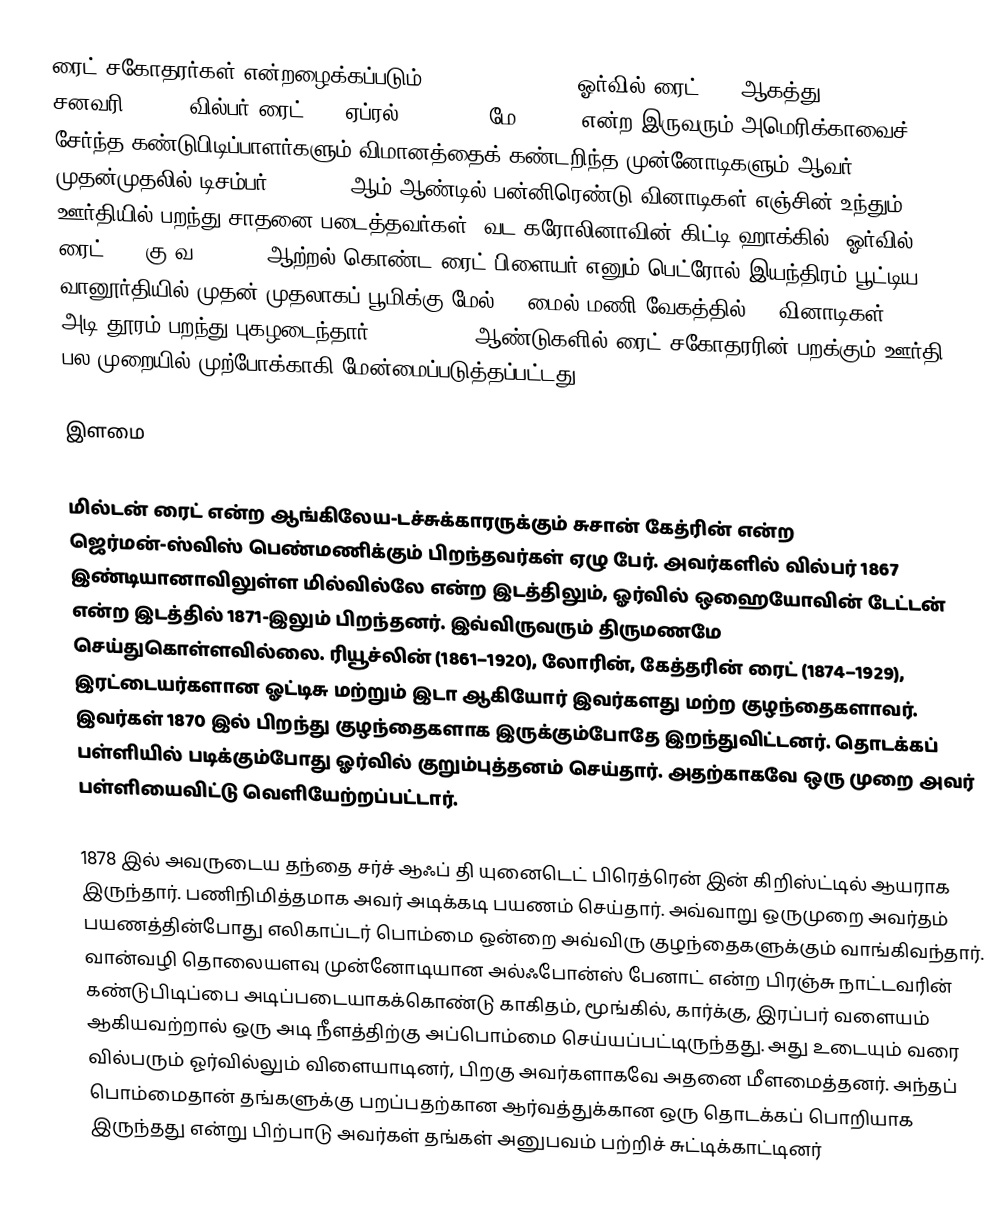
ரைட் சகோதரர்கள் என்றழைக்கப்படும் (Wright brothers, ஓர்வில் ரைட் (19 ஆகத்து 1871 – 30 சனவரி 1948), வில்பர் ரைட் (16 ஏப்ரல் 1867 – 30 மே 1912), என்ற இருவரும் அமெரிக்காவைச் சேர்ந்த கண்டுபிடிப்பாளர்களும் விமானத்தைக் கண்டறிந்த முன்னோடிகளும் ஆவர். முதன்முதலில் டிசம்பர் 17, 1903 ஆம் ஆண்டில் பன்னிரெண்டு வினாடிகள் எஞ்சின் உந்தும் ஊர்தியில் பறந்து சாதனை படைத்தவர்கள். வட கரோலினாவின் கிட்டி ஹாக்கில் "ஓர்வில் ரைட்" 12 கு.வ. (H.P.) ஆற்றல் கொண்ட ரைட் பிளையர் எனும் பெட்ரோல் இயந்திரம் பூட்டிய வானூர்தியில் முதன் முதலாகப் பூமிக்கு மேல் 30 மைல்/மணி வேகத்தில் 12 வினாடிகள் 120 அடி தூரம் பறந்து புகழடைந்தார். 1904, 1905 ஆண்டுகளில் ரைட் சகோதரரின் பறக்கும் ஊர்தி பல முறையில் முற்போக்காகி மேன்மைப்படுத்தப்பட்டது.

இளமை

மில்டன் ரைட் என்ற ஆங்கிலேய-டச்சுக்காரருக்கும் சுசான் கேத்ரின் என்ற ஜெர்மன்-ஸ்விஸ் பெண்மணிக்கும் பிறந்தவர்கள் ஏழு பேர். அவர்களில் வில்பர் 1867 இண்டியானாவிலுள்ள மில்வில்லே என்ற இடத்திலும், ஓர்வில் ஒஹையோவின் டேட்டன் என்ற இடத்தில் 1871-இலும் பிறந்தனர். இவ்விருவரும் திருமணமே செய்துகொள்ளவில்லை. ரியூச்லின் (1861–1920), லோரின், கேத்தரின் ரைட் (1874–1929), இரட்டையர்களான ஓட்டிசு மற்றும் இடா ஆகியோர் இவர்களது மற்ற குழந்தைகளாவர். இவர்கள் 1870 இல் பிறந்து குழந்தைகளாக இருக்கும்போதே இறந்துவிட்டனர்.  தொடக்கப் பள்ளியில் படிக்கும்போது ஓர்வில் குறும்புத்தனம் செய்தார். அதற்காகவே ஒரு முறை அவர் பள்ளியைவிட்டு வெளியேற்றப்பட்டார்.

1878 இல் அவருடைய தந்தை சர்ச் ஆஃப் தி யுனைடெட் பிரெத்ரென் இன் கிறிஸ்ட்டில் ஆயராக இருந்தார். பணிநிமித்தமாக அவர் அடிக்கடி பயணம் செய்தார். அவ்வாறு ஒருமுறை அவர்தம் பயணத்தின்போது எலிகாப்டர் பொம்மை ஒன்றை அவ்விரு குழந்தைகளுக்கும் வாங்கிவந்தார். வான்வழி தொலையளவு முன்னோடியான அல்ஃபோன்ஸ் பேனாட் என்ற பிரஞ்சு நாட்டவரின் கண்டுபிடிப்பை அடிப்படையாகக்கொண்டு காகிதம், மூங்கில், கார்க்கு, இரப்பர் வளையம் ஆகியவற்றால் ஒரு அடி நீளத்திற்கு அப்பொம்மை செய்யப்பட்டிருந்தது. அது உடையும் வரை வில்பரும் ஓர்வில்லும் விளையாடினர், பிறகு அவர்களாகவே  அதனை மீளமைத்தனர். அந்தப் பொம்மைதான் தங்களுக்கு பறப்பதற்கான ஆர்வத்துக்கான ஒரு தொடக்கப் பொறியாக இருந்தது என்று பிற்பாடு அவர்கள் தங்கள் அனுபவம் பற்றிச் சுட்டிக்காட்டினர்